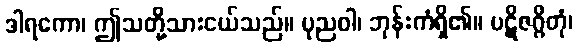
ဒါရကော၊ ဤသတို့သားငယ်သည်။ ပုညဝါ၊ ဘုန်းကံရှိ၏။ ပဋိဇဂ္ဂိတုံ၊